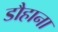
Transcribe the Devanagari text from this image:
डौहाना